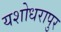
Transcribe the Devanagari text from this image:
यशोधरापुर